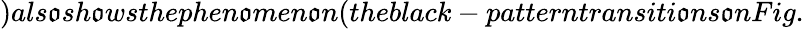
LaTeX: )als\mathfrak{o}sh\mathfrak{o}wsthephen\mathfrak{o}men\mathfrak{o}n(theblack-patterntransiti\mathfrak{o}ns\mathfrak{o}nFig.